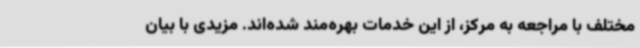
مختلف با مراجعه به مرکز، از این خدمات بهره‌مند شده‌اند. مزیدی با بیان